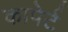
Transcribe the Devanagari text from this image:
कापेर्ट